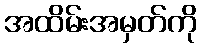
အထိမ်းအမှတ်ကို